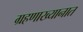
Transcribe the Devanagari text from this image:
ग्रहणाख्यानात